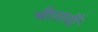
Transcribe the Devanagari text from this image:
बीसवीँ